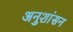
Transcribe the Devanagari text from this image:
अनुशांसन